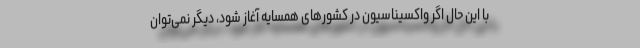
با این حال اگر واکسیناسیون در کشورهای همسایه آغاز شود، دیگر نمی‌توان